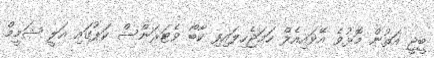
ބީޖީ އަތުން މޮޅުވެ އޭވައިއެލް ހަމަޖެހިލައިފި ކާބޯ ވެޓަރަންސް ކަޕުގައި އަލީ ޝަމީމް